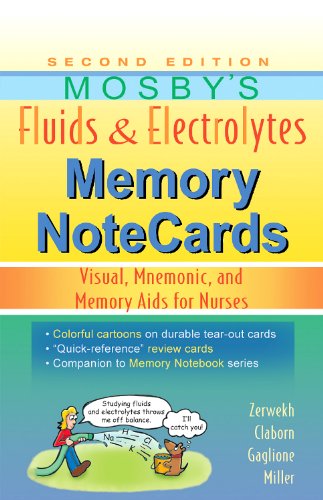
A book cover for Mosby's Fluids & Electrolytes Memory NoteCards: Visual, Mnemonic, and Memory Aids for Nurses, 2e; JoAnn Zerwekh MSN  EdD  RN; Test Preparation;